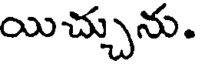
యిచ్చును.